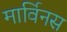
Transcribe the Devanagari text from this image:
मार्विनस